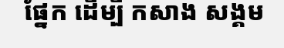
ផ្នែក ដើម្បី កសាង សង្គម